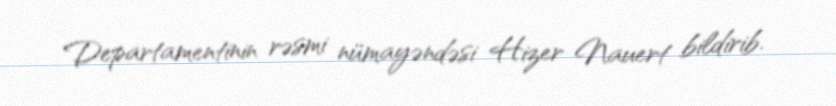
Departamentinin rəsmi nümayəndəsi Hizer Nauert bildirib.